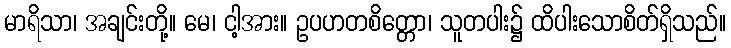
မာရိသာ၊ အချင်းတို့။ မေ၊ ငါ့အား။ ဥပဟတစိတ္တော၊ သူတပါး၌ ထိပါးသောစိတ်ရှိသည်။